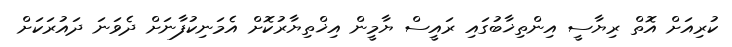
ކުރިއަށް އޮތް ރިޔާސީ އިންތިޚާބުގައި ރައީސް ޔާމީން އިޚްތިޔާރުކޮށް އެމަނިކުފާނަށް ދެވަނަ ދައުރަކަށް